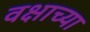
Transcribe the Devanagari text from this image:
वक्षाच्या